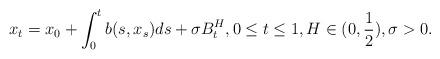
LaTeX: \begin{align*}x_t=x_0+\int^t_0b(s,x_s)ds+\sigma B^H_t,0\le t\le 1,H\in(0,\frac{1}{2}),\sigma>0.\end{align*}